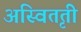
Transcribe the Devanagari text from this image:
अस्वितृती